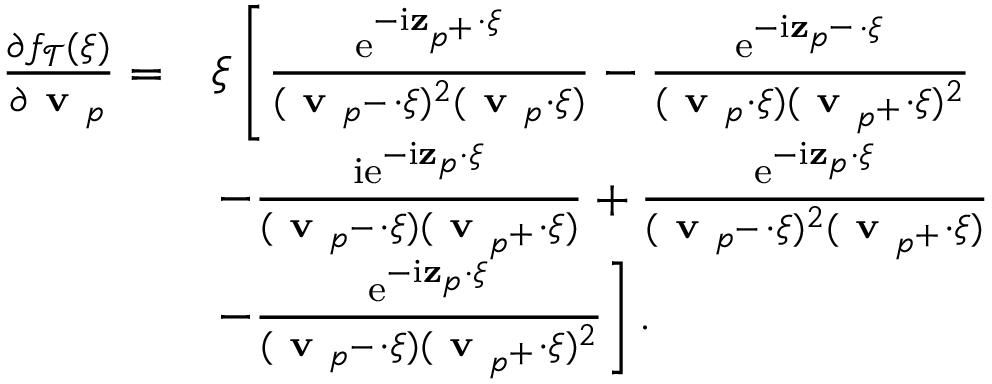
\begin{array} { r l } { \frac { \partial f _ { \mathcal { T } } ( \boldsymbol { \xi } ) } { \partial \textbf { v } _ { p } } = } & { \boldsymbol { \xi } \left[ \frac { \mathrm { e } ^ { - \mathrm { i } \mathbf { z } _ { p ^ { + } } \cdot \boldsymbol { \xi } } } { ( \textbf { v } _ { p ^ { - } } \cdot \boldsymbol { \xi } ) ^ { 2 } ( \textbf { v } _ { p } \cdot \boldsymbol { \xi } ) } - \frac { \mathrm { e } ^ { - \mathrm { i } \mathbf { z } _ { p ^ { - } } \cdot \boldsymbol { \xi } } } { ( \textbf { v } _ { p } \cdot \boldsymbol { \xi } ) ( \textbf { v } _ { p ^ { + } } \cdot \boldsymbol { \xi } ) ^ { 2 } } \right. } \\ & { \left. - \frac { \mathrm { i } \mathrm { e } ^ { - \mathrm { i } \mathbf { z } _ { p } \cdot \boldsymbol { \xi } } } { ( \textbf { v } _ { p ^ { - } } \cdot \boldsymbol { \xi } ) ( \textbf { v } _ { p ^ { + } } \cdot \boldsymbol { \xi } ) } + \frac { \mathrm { e } ^ { - \mathrm { i } \mathbf { z } _ { p } \cdot \boldsymbol { \xi } } } { ( \textbf { v } _ { p ^ { - } } \cdot \boldsymbol { \xi } ) ^ { 2 } ( \textbf { v } _ { p ^ { + } } \cdot \boldsymbol { \xi } ) } \right. } \\ & { \left. - \frac { \mathrm { e } ^ { - \mathrm { i } \mathbf { z } _ { p } \cdot \boldsymbol { \xi } } } { ( \textbf { v } _ { p ^ { - } } \cdot \boldsymbol { \xi } ) ( \textbf { v } _ { p ^ { + } } \cdot \boldsymbol { \xi } ) ^ { 2 } } \right] . } \end{array}